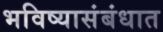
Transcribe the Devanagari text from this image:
भविष्यासंबंधात